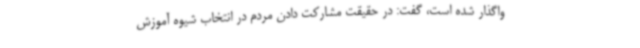
واگذار شده است، گفت: در حقیقت مشارکت دادن مردم در انتخاب شیوه آموزش